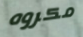
مكروه